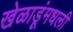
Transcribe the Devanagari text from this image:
खेळाडूंमधली